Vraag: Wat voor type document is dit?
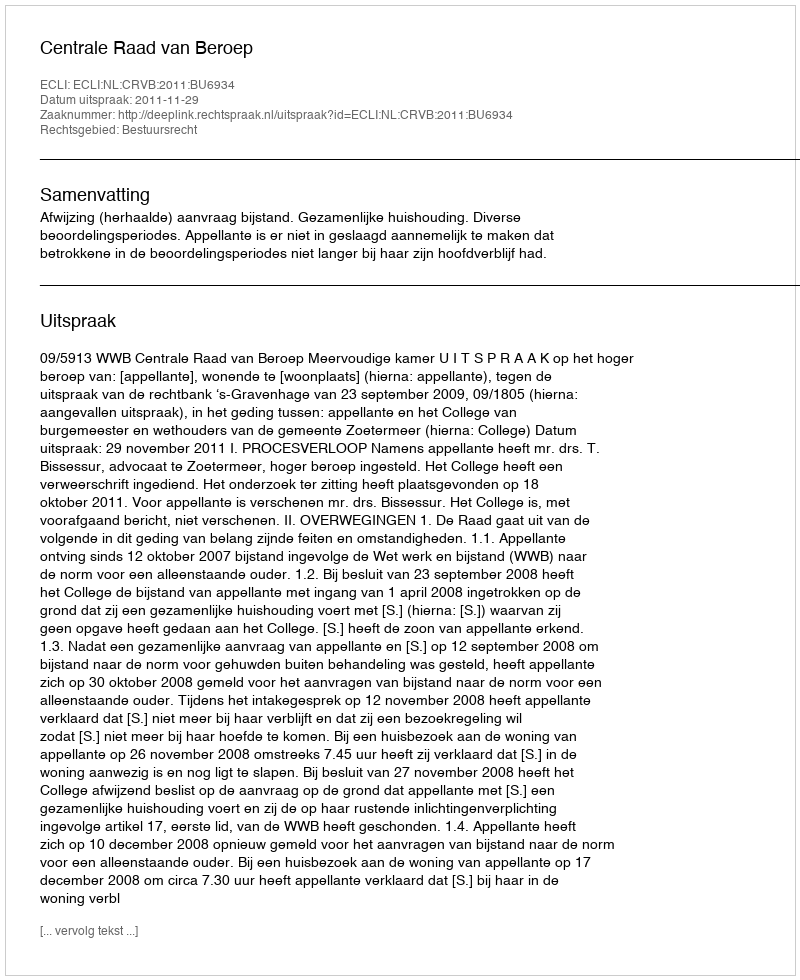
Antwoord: Uitspraak